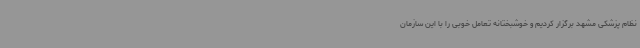
نظام پزشکی مشهد برگزار کردیم و خوشبختانه تعامل خوبی را با این سازمان